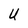
Character: U